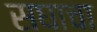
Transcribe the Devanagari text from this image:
सघाचा